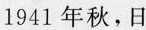
1941年秋，日